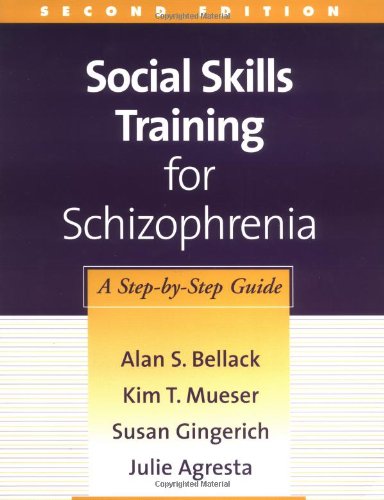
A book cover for Social Skills Training for Schizophrenia, Second Edition: A Step-by-Step Guide (TREATMENT MANUALS FOR PRACTITIONERS); Alan S. Bellack; Medical Books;